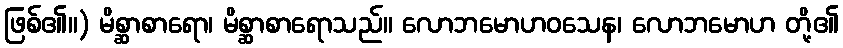
ဖြစ်၏။) မိစ္ဆာစာရော၊ မိစ္ဆာစာရောသည်။ လောဘမောဟဝသေန၊ လောဘမောဟ တို့၏